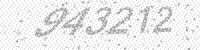
Solution: 943212